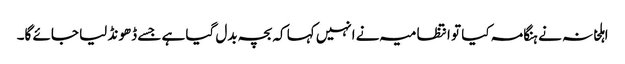
اہلخانہ نے ہنگامہ کیا تو انتظامیہ نے انہیں کہا کہ بچہ بدل گیا ہے جسے ڈھونڈ لیا جائے گا۔